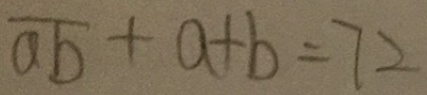
\overline { a b } + a + b = 7 2